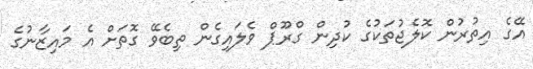
އޭގެ އިތުރުން ކޮލެޖުތަކުގެ ކުދިން ގްރޫޕް ވެލައިގެން ތިބެވޭ ގޮތަށް އެ މައިޒާނުގެ